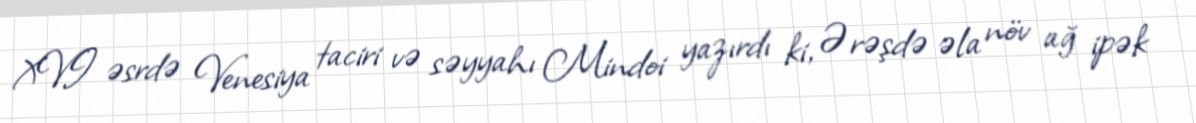
XVI əsrdə Venesiya taciri və səyyahı Mindoi yazırdı ki, Ərəşdə əla növ ağ ipək